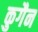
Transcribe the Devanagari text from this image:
कुगैन